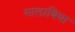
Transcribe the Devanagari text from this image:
गालाबिया